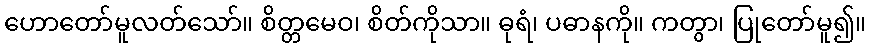
ဟောတော်မူလတ်သော်။ စိတ္တမေဝ၊ စိတ်ကိုသာ။ ဓုရံ၊ ပဓာနကို။ ကတွာ၊ ပြုတော်မူ၍။